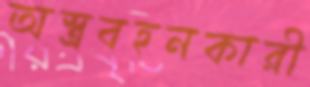
অস্ত্রবহনকারী